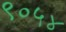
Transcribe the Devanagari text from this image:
९०५४